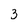
Character: 3